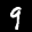
Label: 9